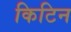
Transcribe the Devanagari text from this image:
किटिन